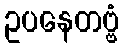
ဥပနေတဗ္ဗံ